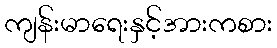
ကျန်းမာရေးနှင့်အားကစား